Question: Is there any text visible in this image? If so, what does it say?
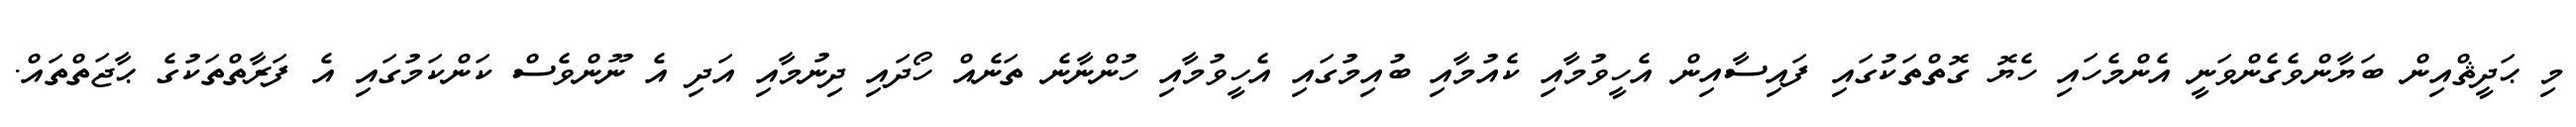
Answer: މި ޙަދީޘްއިން ބަޔާންވެގެންވަނީ އެންމެހައި ހެޔޮ ގޮތްތަކުގައި ފައިސާއިން އެހީވުމާއި ކެއުމާއި ބުއިމުގައި އެހީވުމާއި ހުންނާނެ ތަނެއް ހޯދައި ދިނުމާއި އަދި އެ ނޫންވެސް ކަންކަމުގައި އެ ފަރާތްތަކުގެ ޙާޖަތްތައް.